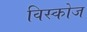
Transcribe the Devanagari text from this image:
विस्कोज